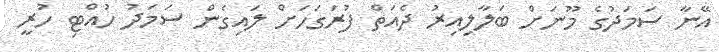
އޭނާ ސަމަދުގެ މޫނަށް ބަލާލިއިރު ދެއަތް ފުރަގަހަށް ލައިގެން ސަމަދު ހުއްޓި ހުރީ